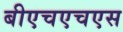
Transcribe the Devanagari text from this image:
बीएचएचएस